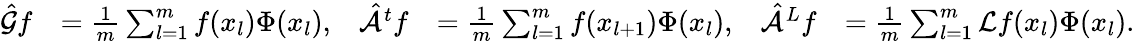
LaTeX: \begin{array}{rlrlrl}{\hat{\mathcal{G}}f}&{=\frac{1}{m}\sum_{l=1}^{m}f(x_{l})\Phi(x_{l}),}&{\hat{\mathcal{A}}^{t}f}&{=\frac{1}{m}\sum_{l=1}^{m}f(x_{l+1})\Phi(x_{l}),}&{\hat{\mathcal{A}}^{L}f}&{=\frac{1}{m}\sum_{l=1}^{m}\mathcal{L}f(x_{l})\Phi(x_{l}).}\end{array}